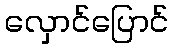
လှောင်ပြောင်